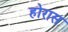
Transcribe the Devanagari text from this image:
होरास